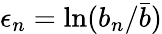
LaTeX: \epsilon_{n}=\ln(b_{n}/\bar{b})